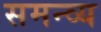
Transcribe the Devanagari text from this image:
समन्व्य